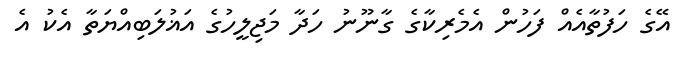
އޭގެ ހަފުތާއެއް ފަހުން އެމެރިކާގެ ގާނޫނު ހަދާ މަޖިލީހުގެ އަޣުލަބިއްޔަތާ އެކު އެ